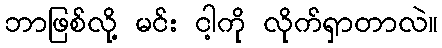
ဘာဖြစ်လို့ မင်း ငါ့ကို လိုက်ရှာတာလဲ။